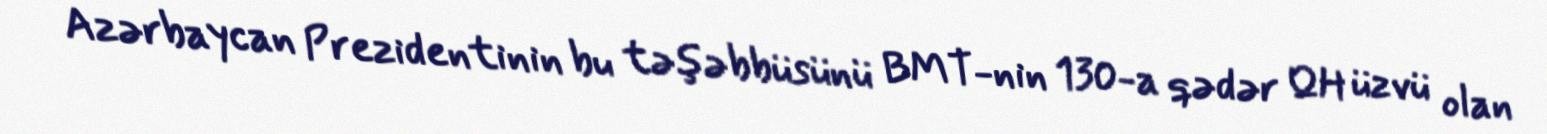
Azərbaycan Prezidentinin bu təşəbbüsünü BMT-nin 130-a qədər QH üzvü olan